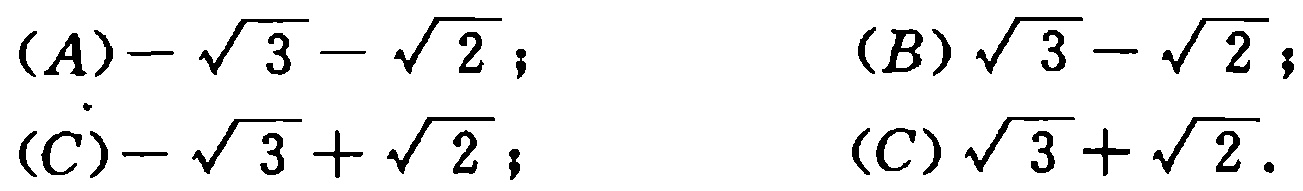
(A)$-\sqrt{3}-\sqrt{2}$; (B)$\sqrt{3}-\sqrt{2}$; (C)$-\sqrt{3}+\sqrt{2}$; (D)$\sqrt{3}+\sqrt{2}$.